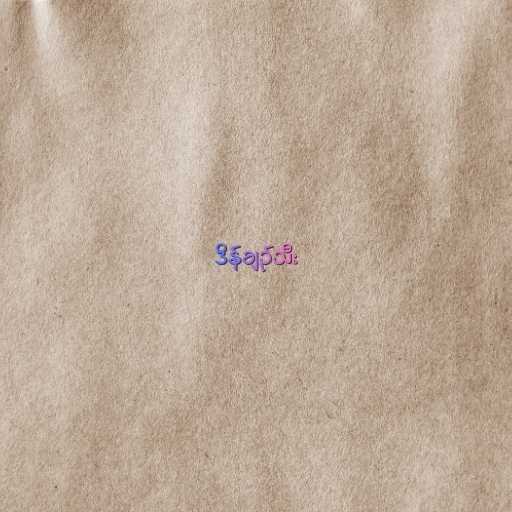
ဒိန်ချဉ်သီး